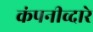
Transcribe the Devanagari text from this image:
कंपनीव्दारे